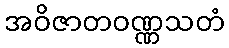
အဝိဇာတဝဏ္ဏသတံ